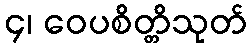
၄၊ ဝေပစိတ္တိသုတ်